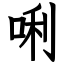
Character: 唎